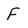
Character: F